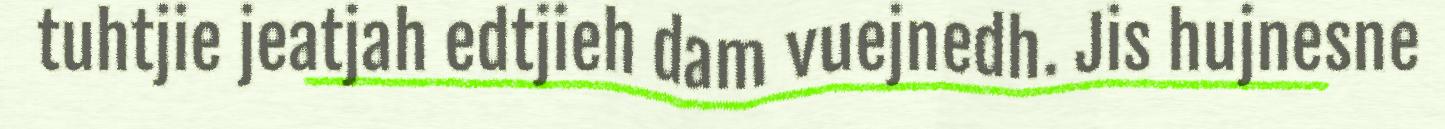
tuhtjie jeatjah edtjieh dam vuejnedh. Jis hujnesne